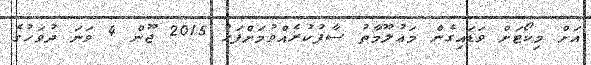
އަށް މިކޯޓަށް ވަޑައިގެން މަޢުލޫމާތު ސާފުކުރެއްވުމަށްފަހު 2015 ޖޫން 4 ވަނަ ދުވަހުގެ